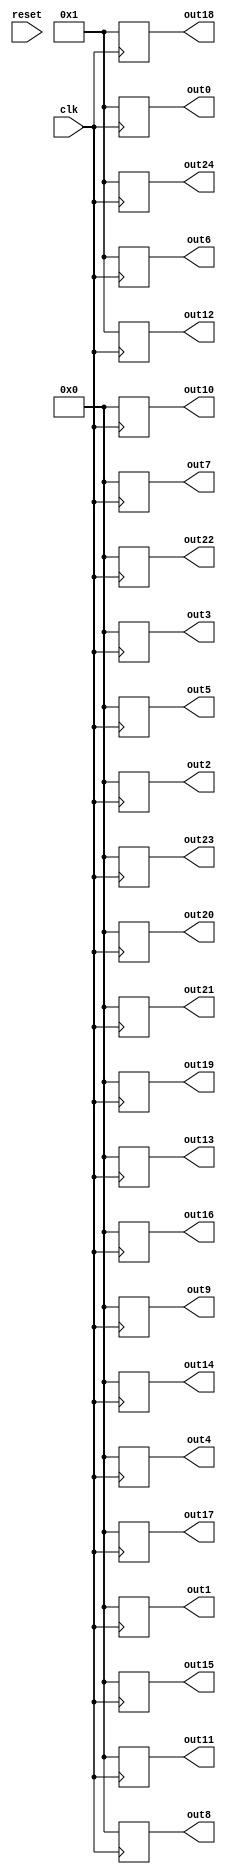
`timescale 1ns / 1ps
//////////////////////////////////////////////////////////////////////////////////
//NAME:ASHNA JAIN
//PROJECT DESCRIPTION:COMPUTING THE INVERSE OF A MATRIX
//////////////////////////////////////////////////////////////////////////////////
module matrix_inverse(clk,reset,out0,out1,out2,out3,out4,out5,out6,out7,out8,out9,out10,out11,out12,out13,out14,out15,out16,out17,out18,out19,out20,out21,out22,out23,out24);

//input declaration
input clk,reset;//input declaration

//reg declaration
reg [15:0] a [24:0];//reg declaration
reg [15:0] b [24:0];
reg [15:0] cont;
integer i;

//output declaration
output reg [15:0] out0,out1,out2,out3,out4,out5,out6,out7,out8,out9,out10,out11,out12,out13,out14,out15,out16,out17,out18,out19,out20,out21,out22,out23,out24;


always@(posedge clk)//always block
begin

//declaring the value of matrix a
 a[0]=16'h1;
 a[1]=16'h0;
 a[2]=16'h0;
 a[3]=16'h0;
 a[4]=16'h0;
 
a[5]=16'h0;
a[6]=16'h1;
a[7]=16'h0;
a[8]=16'h0;
a[9]=16'h0;

a[10]=16'h0;
a[11]=16'h0;
a[12]=16'h1;
a[13]=16'h0;
a[14]=16'h0;

a[15]=16'h0;
a[16]=16'h0;
a[17]=16'h0;
a[18]=16'h1;
a[19]=16'h0;

a[20]=16'h0;
a[21]=16'h0;
a[22]=16'h0;
a[23]=16'h0;
a[24]=16'h1;

//storing the values of identity matrix in b
b[0]=16'b1;
b[1]=16'b0;
b[2]=16'b0;
b[3]=16'b0;
b[4]=16'b0;

b[5]=16'b0;
b[6]=16'b1;
b[7]=16'b0;
b[8]=16'b0;
b[9]=16'b0;

b[10]=16'b0;
b[11]=16'b0;
b[12]=16'b1;
b[13]=16'b0;
b[14]=16'b0;

b[15]=16'b0;
b[16]=16'b0;
b[17]=16'b0;
b[18]=16'b1;
b[19]=16'b0;

 b[20]=16'b0;
 b[21]=16'b0;
 b[22]=16'b0;
 b[23]=16'b0;
 b[24]=16'b1;

cont=a[0];//storing the value of a[0] for future use of a[0]

//dividing the values from a[0] to a[4] and b[0] to b[4] with cont
a[0]=(a[0]/cont);
a[1]=(a[1]/cont);
a[2]=(a[2]/cont);
a[3]=(a[3]/cont);
a[4]=(a[4]/cont);

 b[0]=(b[0]/cont);
 b[1]=(b[1]/cont);
 b[2]=(b[2]/cont);
 b[3]=(b[3]/cont);
 b[4]=(b[4]/cont);

cont=a[5];//storing the value of a[5] for future use of a[5]

//dividing the values from a[5] to a[9] and b[5] to b[9] with cont
a[5]=a[5]-(a[0]*cont);
a[6]=a[6]-(a[1]*cont);
a[7]=a[7]-(a[2]*cont);
a[8]=a[8]-(a[3]*cont);
a[9]=a[9]-(a[4]*cont);

b[5]=b[5]-(b[0]*cont);
b[6]=b[6]-(b[1]*cont);
b[7]=b[7]-(b[2]*cont);
b[8]=b[8]-(b[3]*cont);
b[9]=b[9]-(b[4]*cont);

cont=a[10];//storing the value of a[10] for future use of a[10]

//dividing the values from a[10] to a[14] and b[10] to b[14] with cont
a[10]=a[10]-(a[0]*cont);
a[11]=a[11]-(a[1]*cont);
a[12]=a[12]-(a[2]*cont);
a[13]=a[13]-(a[3]*cont);
a[14]=a[14]-(a[4]*cont);

b[10]=b[10]-(b[0]*cont);
b[11]=b[11]-(b[1]*cont);
b[12]=b[12]-(b[2]*cont);
b[13]=b[13]-(b[3]*cont);
b[14]=b[14]-(b[4]*cont);

cont=a[15];//storing the value of a[15] 

//dividing the values from a[15] to a[19] and b[15] to b[19] with cont
a[15]=a[15]-(a[0]*cont);
a[16]=a[16]-(a[1]*cont);
a[17]=a[17]-(a[2]*cont);
a[18]=a[18]-(a[3]*cont);
a[19]=a[19]-(a[4]*cont);


b[15]=b[15]-(b[0]*cont);
b[16]=b[16]-(b[1]*cont);
b[17]=b[17]-(b[2]*cont);
b[18]=b[18]-(b[3]*cont);
b[19]=b[19]-(b[4]*cont);

cont=a[20];//storing the value of a[20] 

//dividing the values from a[20] to a[24] and b[20] to b[24] with cont
a[20]=a[20]-(a[0]*cont);
a[21]=a[21]-(a[1]*cont);
a[22]=a[22]-(a[2]*cont);
a[23]=a[23]-(a[3]*cont);
a[24]=a[24]-(a[4]*cont);

b[20]=b[20]-(b[0]*cont);
b[21]=b[21]-(b[1]*cont);
b[22]=b[22]-(b[2]*cont);
b[23]=b[23]-(b[3]*cont);
b[24]=b[24]-(b[4]*cont);


cont=a[6];//storing the value of a[6]
//part of computing ef
a[5]=(a[5]/cont);
a[6]=(a[6]/cont);
a[7]=(a[7]/cont);
a[8]=(a[8]/cont);
a[9]=(a[9]/cont);

b[5]=(b[5]/cont);
b[6]=(b[6]/cont);
b[7]=(b[7]/cont);
b[8]=(b[8]/cont);
b[9]=(b[9]/cont);

cont=a[11];//storing the value of a[11]
//part of computing ef
a[10]=a[10]-(cont*a[5]);
a[11]=a[11]-(cont*a[6]);
a[12]=a[12]-(cont*a[7]);
a[13]=a[13]-(cont*a[8]);
a[14]=a[14]-(cont*a[9]);

 b[10]=b[10]-(cont*b[5]);
 b[11]=b[11]-(cont*b[6]);
 b[12]=b[12]-(cont*b[7]);
 b[13]=b[13]-(cont*b[8]);
 b[14]=b[14]-(cont*b[9]);

cont=a[16];//storing the value of a[16]
//part of computing ef
 a[15]=a[15]-(cont*a[5]);
 a[16]=a[16]-(cont*a[6]);
 a[17]=a[17]-(cont*a[7]);
 a[18]=a[18]-(cont*a[8]);
 a[19]=a[19]-(cont*a[9]);

 b[15]=b[15]-(cont*b[5]);
 b[16]=b[16]-(cont*b[6]);
 b[17]=b[17]-(cont*b[7]);
 b[18]=b[18]-(cont*b[8]);
 b[19]=b[19]-(cont*b[9]);

cont=a[21];//storing the value of a[21]
//part of computing ef
 a[20]=a[20]-(cont*a[5]);
 a[21]=a[21]-(cont*a[6]);
 a[22]=a[22]-(cont*a[7]);
 a[23]=a[23]-(cont*a[8]);
 a[24]=a[24]-(cont*a[9]);

 b[20]=b[20]-(cont*b[5]);
 b[21]=b[21]-(cont*b[6]);
 b[22]=b[22]-(cont*b[7]);
 b[23]=b[23]-(cont*b[8]);
 b[24]=b[24]-(cont*b[9]);


cont=a[12];//storing the value of a[12]
//part of computing ef
 a[10]=(a[10]/cont);
 a[11]=(a[11]/cont);
 a[12]=(a[12]/cont);
 a[13]=(a[13]/cont);
 a[14]=(a[14]/cont);

 b[10]=(b[10]/cont);
 b[11]=(b[11]/cont);
 b[12]=(b[12]/cont);
 b[13]=(b[13]/cont);
 b[14]=(b[14]/cont);

cont=a[17];//storing the value of a[17]
//part of computing ef
 a[15]=a[15]-(a[10]*cont);
 a[16]=a[16]-(a[11]*cont);
 a[17]=a[17]-(a[12]*cont);
 a[18]=a[18]-(a[13]*cont);
 a[19]=a[19]-(a[14]*cont);

 b[15]=b[15]-(b[10]*cont);
 b[16]=b[16]-(b[11]*cont);
 b[17]=b[17]-(b[12]*cont);
 b[18]=b[18]-(b[13]*cont);
 b[19]=b[19]-(b[14]*cont);

cont=a[22];//storing the value of a[22]
//part of computing ef

 a[20]=a[20]-(a[10]*cont);
 a[21]=a[21]-(a[11]*cont);
 a[22]=a[22]-(a[12]*cont);
 a[23]=a[23]-(a[13]*cont);
 a[24]=a[24]-(a[14]*cont);

 b[15]=b[15]-(b[10]*cont);
 b[16]=b[16]-(b[11]*cont);
 b[17]=b[17]-(b[12]*cont);
 b[18]=b[18]-(b[13]*cont);
 b[19]=b[19]-(b[14]*cont);

cont=a[18];//storing the value of a[18]
//part of computing ef

 a[15]=(a[15]/cont);
 a[16]=(a[16]/cont);
 a[17]=(a[17]/cont);
 a[18]=(a[18]/cont);
 a[19]=(a[19]/cont);

 b[15]=(b[15]/cont);
 b[16]=(b[16]/cont);
 b[17]=(b[17]/cont);
 b[18]=(b[18]/cont);
 b[19]=(b[19]/cont);

cont=a[23];//storing the value of a[23]
//part of computing ef

 a[20]=a[20]-(cont*a[15]);
 a[21]=a[21]-(cont*a[16]);
 a[22]=a[22]-(cont*a[17]);
 a[23]=a[23]-(cont*a[18]);
 a[24]=a[24]-(cont*a[19]);

 b[20]=b[20]-(cont*b[15]);
 b[21]=b[21]-(cont*b[16]);
 b[22]=b[22]-(cont*b[17]);
 b[23]=b[23]-(cont*b[18]);
 b[24]=b[24]-(cont*b[19]);

cont=a[24];//storing the value of a[24]
//part of computing ef
 a[20]=(a[20]/cont);
 a[21]=(a[21]/cont);
 a[22]=(a[22]/cont);
 a[23]=(a[23]/cont);
 a[24]=(a[24]/cont);

 b[20]=(b[20]/cont);
 b[21]=(b[21]/cont);
 b[22]=(b[22]/cont);
 b[23]=(b[23]/cont);
 b[24]=(b[24]/cont);

//THE FOLLOWING CODE COMPUTES THE RREF
cont=a[1];//storing the value of a[1]

 a[0]=a[0]-(cont*a[5]);
 a[1]=a[1]-(cont*a[6]);
 a[2]=a[2]-(cont*a[7]);
 a[3]=a[3]-(cont*a[8]);
 a[4]=a[4]-(cont*a[9]);

 b[0]=b[0]-(cont*b[5]);
 b[1]=b[1]-(cont*b[6]);
 b[2]=b[2]-(cont*b[7]);
 b[3]=b[3]-(cont*b[8]);
 b[4]=b[4]-(cont*b[9]);

cont=a[7];//storing the value of a[7]

 a[5]=a[5]-(cont*a[10]);
 a[6]=a[6]-(cont*a[11]);
 a[7]=a[7]-(cont*a[12]);
 a[8]=a[8]-(cont*a[13]);
 a[9]=a[9]-(cont*a[14]);

 b[5]=b[5]-(cont*b[10]);
 b[6]=b[6]-(cont*b[11]);
 b[7]=b[7]-(cont*b[12]);
 b[8]=b[8]-(cont*b[13]);
 b[9]=b[9]-(cont*b[14]);

cont=a[2];//storing the value of a[2]

 a[0]=a[0]-(cont*a[10]);
 a[1]=a[1]-(cont*a[11]);
 a[2]=a[2]-(cont*a[12]);
 a[3]=a[3]-(cont*a[13]);
 a[4]=a[4]-(cont*a[14]);

 b[0]=b[0]-(cont*b[10]);
 b[1]=b[1]-(cont*b[11]);
 b[2]=b[2]-(cont*b[12]);
 b[3]=b[3]-(cont*b[13]);
 b[4]=b[4]-(cont*b[14]);

cont=a[13];//storing the value of a[13]

 a[10]=a[10]-(cont*a[15]);
 a[11]=a[11]-(cont*a[16]);
 a[12]=a[12]-(cont*a[17]);
 a[13]=a[13]-(cont*a[18]);
 a[14]=a[14]-(cont*a[19]);

 b[10]=b[10]-(cont*b[15]);
 b[11]=b[11]-(cont*b[16]);
 b[12]=b[12]-(cont*b[17]);
 b[13]=b[13]-(cont*b[18]);
 b[14]=b[14]-(cont*b[19]);

cont=a[8];//storing the value of a[8]

 a[5]=a[5]-(cont*a[15]);
 a[6]=a[6]-(cont*a[16]);
 a[7]=a[7]-(cont*a[17]);
 a[8]=a[8]-(cont*a[18]);
 a[9]=a[9]-(cont*a[19]);

 b[5]=b[5]-(cont*b[15]);
 b[6]=b[6]-(cont*b[16]);
 b[7]=b[7]-(cont*b[17]);
 b[8]=b[8]-(cont*b[18]);
 b[9]=b[9]-(cont*b[19]);

cont=a[3];//storing the value of a[3]

 a[0]=a[0]-(cont*a[15]);
 a[1]=a[1]-(cont*a[16]);
 a[2]=a[2]-(cont*a[17]);
 a[3]=a[3]-(cont*a[18]);
 a[4]=a[4]-(cont*a[19]);

 b[0]=b[0]-(cont*b[15]);
 b[1]=b[1]-(cont*b[16]);
 b[2]=b[2]-(cont*b[17]);
 b[3]=b[3]-(cont*b[18]);
 b[4]=b[4]-(cont*b[19]);

//storing the values in output
out20=(b[20]/a[24]);
out21=(b[21]/a[24]);
out22=(b[22]/a[24]);
out23=(b[23]/a[24]);
out24=(b[24]/a[24]);


cont=a[19];//storing the value of a[19]


 a[15]=a[15]-(cont*a[20]);
 a[16]=a[16]-(cont*a[21]);
 a[17]=a[17]-(cont*a[22]);
 a[18]=a[18]-(cont*a[23]);
 a[19]=a[19]-(cont*a[24]);

//declaring the values of output
 out15=b[15]-(cont*b[20]);
 out16=b[16]-(cont*b[21]);
 out17=b[17]-(cont*b[22]);
 out18=b[18]-(cont*b[23]);
 out19=b[19]-(cont*b[24]);

//
cont=a[14];//storing the value of a[14]

 a[10]=a[10]-(cont*a[20]);
 a[11]=a[11]-(cont*a[21]);
 a[12]=a[12]-(cont*a[22]);
 a[13]=a[13]-(cont*a[23]);
 a[14]=a[14]-(cont*a[24]);

//declaring the values of output
 out10=b[10]-(cont*b[20]);
 out11=b[11]-(cont*b[21]);
 out12=b[12]-(cont*b[22]);
 out13=b[13]-(cont*b[23]);
 out14=b[14]-(cont*b[24]);

//
cont=a[9];//storing the value of a[9]

 a[5]=a[5]-(cont*a[20]);
 a[6]=a[6]-(cont*a[21]);
 a[7]=a[7]-(cont*a[22]);
 a[8]=a[8]-(cont*a[23]);
 a[9]=a[9]-(cont*a[24]);

//declaring the values of output
 out5=b[5]-(cont*b[20]);
 out6=b[6]-(cont*b[21]);
 out7=b[7]-(cont*b[22]);
 out8=b[8]-(cont*b[23]);
 out9=b[9]-(cont*b[24]);

//
cont=a[4];//storing the value of a[4]

 a[0]=a[0]-(cont*a[20]);
 a[1]=a[1]-(cont*a[21]);
 a[2]=a[2]-(cont*a[22]);
 a[3]=a[3]-(cont*a[23]);
 a[4]=a[4]-(cont*a[24]);

//declaring the values of output
 out0=b[0]-(cont*b[20]);
 out1=b[1]-(cont*b[21]);
 out2=b[2]-(cont*b[22]);
 out3=b[3]-(cont*b[23]);
 out4=b[4]-(cont*b[24]);
end
endmodule